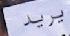
ير